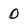
Character: O